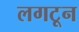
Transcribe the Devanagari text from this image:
लगटून